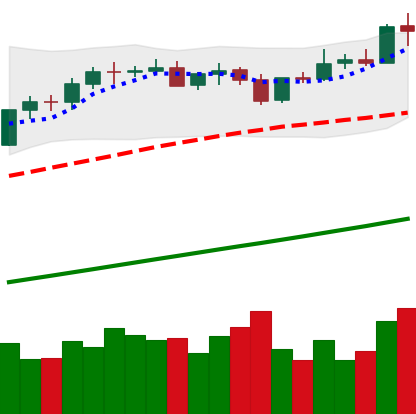
Ticker: BTC-USD
Chart end date: 2021-04-14
Forward return: -11.703%
Label: down_7plus